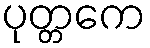
ပုတ္တကေ